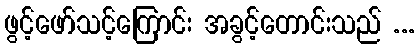
ဖွင့်ဖော်သင့်ကြောင်း အခွင့်တောင်းသည် ...